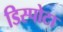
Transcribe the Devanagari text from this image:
डिस्पोटा